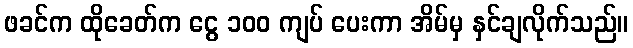
ဖခင်က ထိုခေတ်က ငွေ ၁၀၀ ကျပ် ပေးကာ အိမ်မှ နှင်ချလိုက်သည်။